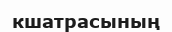
кшатрасының